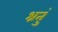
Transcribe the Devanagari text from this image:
श्रतुं